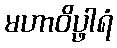
မဟာဝိပ္ဖါရံ